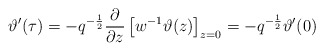
\begin{align*}\vartheta' (\tau ) =-q^{-\frac{1}{2}} \frac{\partial}{\partial z} \left[ w^{-1} \vartheta (z) \right]_{z=0} = -q^{-\frac{1}{2}} \vartheta' (0)\end{align*}